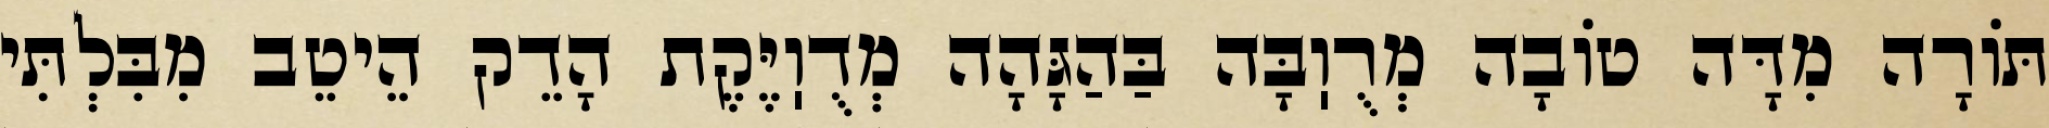
תּוֹרָה מִדָּה טוֹבָה מְרֻוֽבָּה בַּהַגָּהָה מְדֻוֽיֶּקֶת הָדֵק הֵיטֵב מִבִּלְתִּי